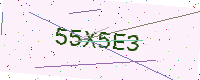
Text: 55X5E3